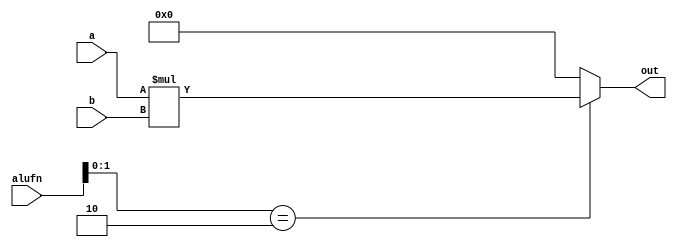
module multiplier_11 (
    input [15:0] a,
    input [15:0] b,
    input [5:0] alufn,
    output reg [15:0] out
  );
  
  
  
  always @* begin
    out = 1'h0;
    
    case (alufn[0+1-:2])
      2'h2: begin
        out = a * b;
      end
    endcase
  end
endmodule